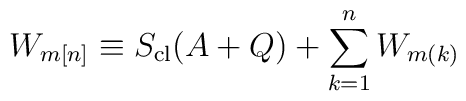
W_{m[n]} \equiv S_{\rm cl}(A + Q) + \sum_{k = 1}^n W_{m(k)}